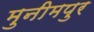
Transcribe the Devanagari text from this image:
मुनीमपुर